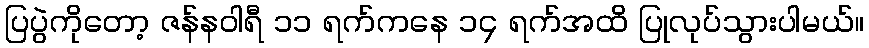
ပြပွဲကိုတော့ ဇန်နဝါရီ ၁၁ ရက်ကနေ ၁၄ ရက်အထိ ပြုလုပ်သွားပါမယ်။